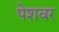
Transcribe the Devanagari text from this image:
पेशवर